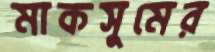
মাকসুমের